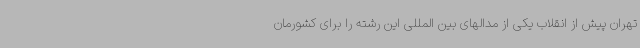
تهران پیش از انقلاب یکی از مدالهای بین المللی این رشته را برای کشورمان